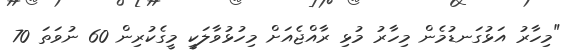
"މިހާރު އަޅުގަނޑުމެން މިހާރު މުޅި ރާއްޖެއަށް މިހުޅުވާލަކީ މީގެކުރިން 60 ނުވަތަ 70